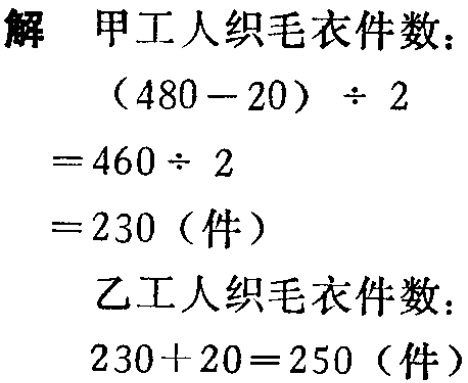
解 甲工人织毛衣件数：
\[
\begin{align*}
&(480 - 20) \div 2\\
=&460 \div 2\\
=&230 \text{（件）}
\end{align*}
\]
乙工人织毛衣件数：
\(230 + 20 = 250 \text{（件）}\)